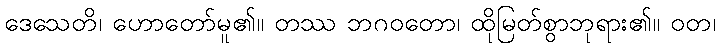
ဒေသေတိ၊ ဟောတော်မူ၏။ တဿ ဘဂဝတော၊ ထိုမြတ်စွာဘုရား၏။ ဝတ၊